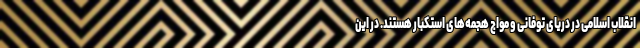
انقلاب اسلامی در دریای توفانی و مواج هجمه‌های استکبار هستند. در این